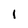
Character: l